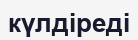
күлдіреді